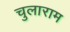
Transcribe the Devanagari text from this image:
चुलाराम